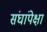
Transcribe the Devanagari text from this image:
संघांपेक्षा